Vaccination report Assam 1874-1896 - 1874-1896
Year: 1874
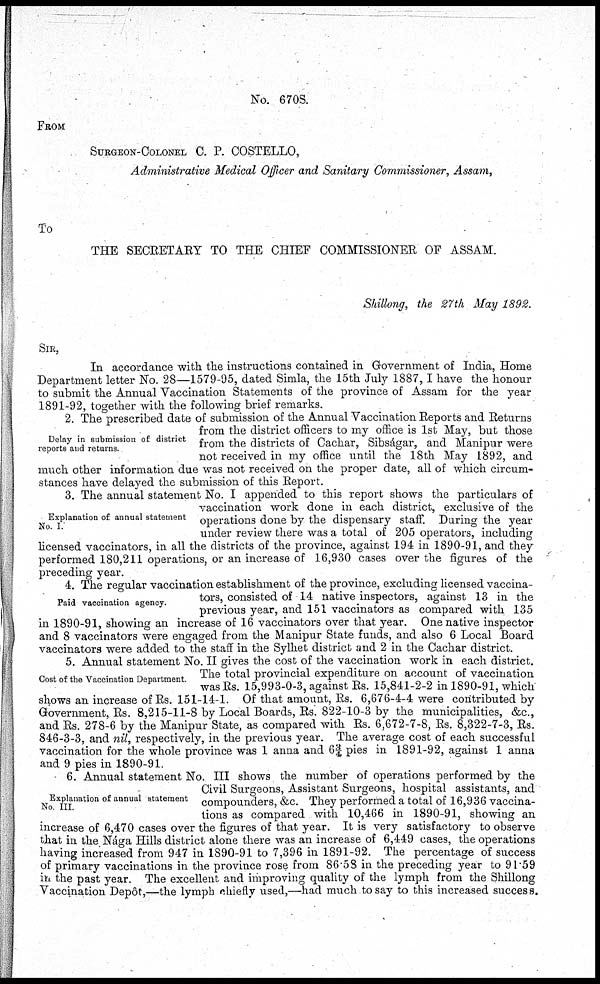
No. 670S.
FROM
SURGEON-COLONEL C. P. COSTELLO,
Administrative Medical Officer and Sanitary Commissioner, Assam,
To
THE SECRETARY TO THE CHIEF COMMISSIONER OF ASSAM.
Shillong, the 27th May 1892.
SIR,
In accordance with the instructions contained in Government of India, Home
Department letter No. 28—1579-95, dated Simla, the 15th July 1887,I have the honour
to submit the Annual Vaccination Statements of the province of Assam for the year
1891-92, together with the following brief remarks.
Delay in submission of district
reports and returns.
2. The prescribed date of submission of the Annual Vaccination Reports and Returns
from the district officers to my office is 1st May, but those
from the districts of Cachar, Sibságar, and Manipur were
not received in my office until the 18th May 1892, and
much other information due was not received on the proper date, all of which circum-
stances have delayed the submission of this Report.
Explanation of annual statement
No. I.
3. The annual statement No. I appended to this report shows the particulars of
vaccination work done in each district, exclusive of the
operations done by the dispensary staff. During the year
under review there was a total of 205 operators, including
licensed vaccinators, in all the districts of the province, against 194 in 1890-91, and they
performed 180,211 operations, or an increase of 16,930 cases over the figures of the
preceding year.
Paid vaccination agency.
4. The regular vaccination establishment of the province, excluding licensed vaccina-
tors, consisted of 14 native inspectors, against 13 in the
previous year, and 151 vaccinators as compared with 135
in 1890-91, showing an increase of 16 vaccinators over that year. One native inspector
and 8 vaccinators were engaged from the Manipur State funds, and also 6 Local Board
vaccinators were added to the staff in the Sylhet district and 2 in the Cachar district.
Cost of the Vaccination Department.
5. Annual statement No. II gives the cost of the vaccination work in each district.
The total provincial expenditure on account of vaccination
was Rs. 15,993-0-3, against Rs. 15,841-2-2 in 1890-91, which
shows an increase of Rs. 151-14-1. Of that amount, Rs. 6,676-4-4 were contributed by
Government, Rs. 8,215-11-8 by Local Boards, Rs. 822-10-3 by the municipalities, &c.,
and Rs. 278-6 by the Manipur State, as compared with Rs. 6,672-7-8, Rs. 8,322-7-3, Rs.
846-3-3, and nil, respectively, in the previous year. The average cost of each successful
vaccination for the whole province was 1 anna and 6¾ pies in 1891-92, against 1 anna
and 9 pies in 1890-91.
Explanation of annual statement
No. III.
6. Annual statement No. III shows the number of operations performed by the
Civil Surgeons, Assistant Surgeons, hospital assistants, and
compounders, &c. They performed a total of 16,936 vaccina-
tions as compared with 10,466 in 1890-91, showing an
increase of 6,470 cases over the figures of that year. It is very satisfactory to observe
that in the Nága Hills district alone there was an increase of 6,449 cases, the operations
having increased from 947 in 1890-91 to 7,396 in 1891-92. The percentage of success
of primary vaccinations in the province rose from 86.58 in the preceding year to 91.59
in the past year. The excellent and improving quality of the lymph from the Shillong
Vaccination Depôt,—the lymph chiefly used,—had much to say to this increased success.